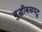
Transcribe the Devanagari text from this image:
बुद्धीबळपटू